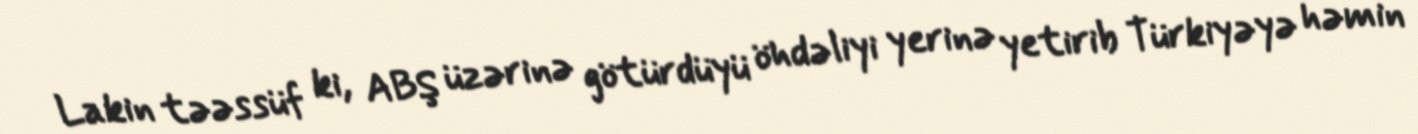
Lakin təəssüf ki, ABŞ üzərinə götürdüyü öhdəliyi yerinə yetirib Türkiyəyə həmin